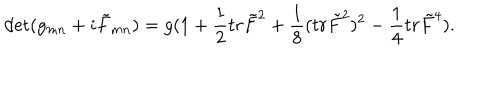
\det ( g _ { m n } + i \tilde { F } _ { m n } ) = g ( 1 + { \frac { 1 } { 2 } } t r \tilde { F } ^ { 2 } + { \frac { 1 } { 8 } } ( t r \tilde { F } ^ { 2 } ) ^ { 2 } - { \frac { 1 } { 4 } } t r \tilde { F } ^ { 4 } ) .